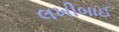
લખીબાઈ